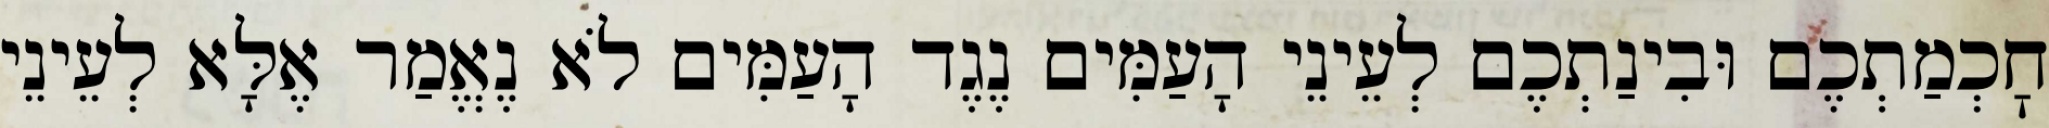
חׇכְמַתְכֶם וּבִינַתְכֶם לְעֵינֵי הָעַמִּים נֶגֶד הָעַמִּים לֹא נֶאֱמַר אֶלָּא לְעֵינֵי